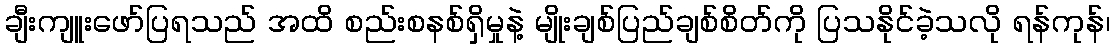
ချီးကျူးဖော်ပြရသည် အထိ စည်းစနစ်ရှိမှုနဲ့ မျိုးချစ်ပြည်ချစ်စိတ်ကို ပြသနိုင်ခဲ့သလို ရန်ကုန်၊